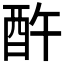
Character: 𲆨